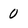
Character: 0